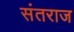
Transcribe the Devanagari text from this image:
संतराज